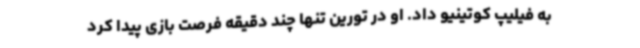
به فیلیپ کوتینیو داد. او در تورین تنها چند دقیقه فرصت بازی پیدا کرد